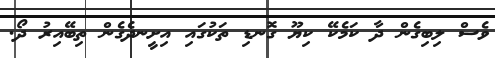
ވެސް ލިބިގެން ދާ ކަމެކޭ ކިޔޫ ގޮނޑި ތަކުގައި އިށީނދެގެން ތިބޭއިރު ދޯ.